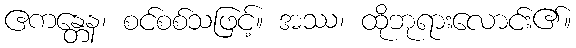
ဧကန္တေန၊ စင်စစ်သဖြင့်။ အဿ၊ ထိုဘုရားလောင်း၏။